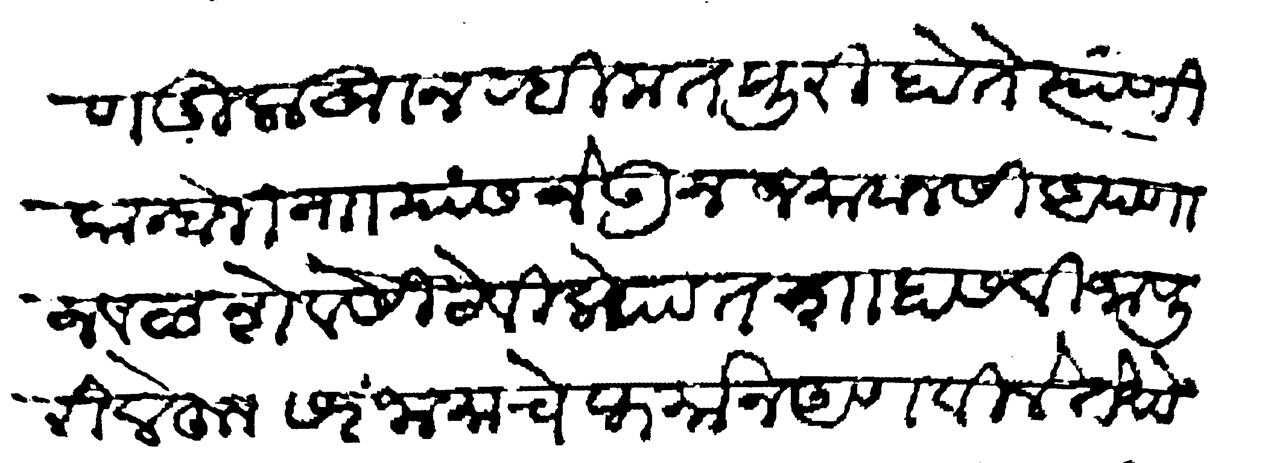
Transliteration (Devanagari): रणदुलाखान रहिमत पुरी होते त्यांणी कान्होजी नाा यांस नेऊन जमावानसी आपणाजवळ शेवेसी ठेविले पातशाहास विजापुरी लेहून सरंजामाचे फर्मान अणविले तेथेही